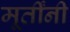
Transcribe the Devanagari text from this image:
मूर्तींनी